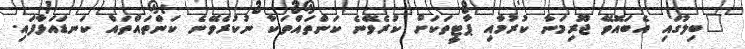
"ބިލުގައި އެބައޮވޭ ޖޫރިމަނާ ކުރުމާއި ޕާޓީތަކަށް ކުރެވޭނެ ކަންތައްތަކާ ނުކުރެވޭނެ ކަންތައްތައް ކަނޑައަޅާފައި.